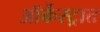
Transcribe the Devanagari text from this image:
ऑर्केस्ट्रात